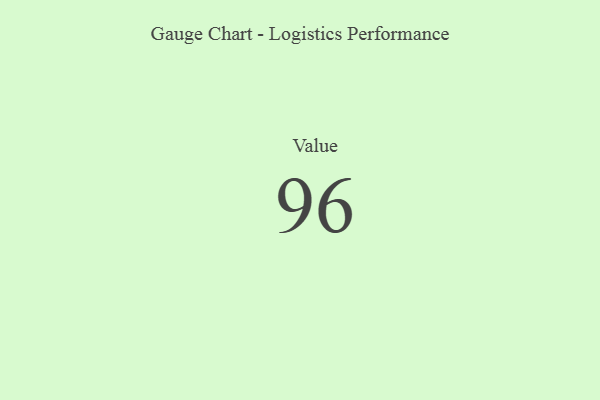
{"axis": {"x": "Metric", "y": "Value"}, "legend": [""], "data": [{"x": "Value", "y": 96, "type": ""}]}